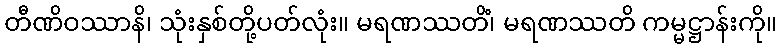
တီဏိဝဿာနိ၊ သုံးနှစ်တို့ပတ်လုံး။ မရဏဿတိံ၊ မရဏဿတိ ကမ္မဋ္ဌာန်းကို။